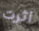
اثرت